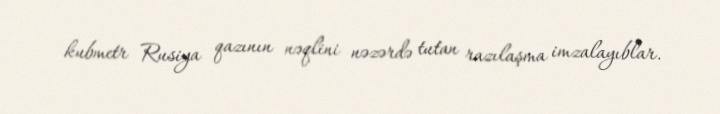
kubmetr Rusiya qazının nəqlini nəzərdə tutan razılaşma imzalayıblar.